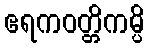
ဧရကဝတ္တိကမ္ပိ